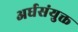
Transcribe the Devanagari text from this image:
अर्धसंयुक्त